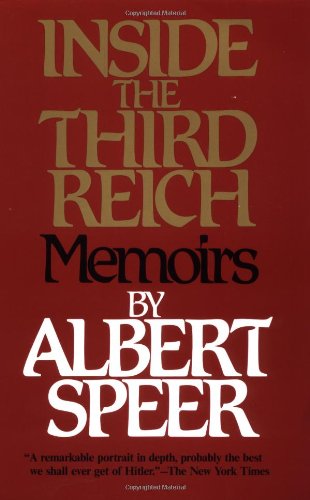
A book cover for Inside the Third Reich; Albert Speer; History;